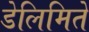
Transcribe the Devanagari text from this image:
डेलिमिते